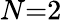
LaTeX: N{=}2